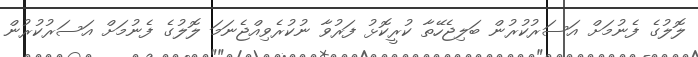
ލޮލުގެ ފެނުމަށް އަސަރުކުރުން ބަލިޖެހޭތާ ކުރީކޮޅު ފަރުވާ ނުކުރެވިއްޖެނަމަ ލޮލުގެ ފެނުމަށް އަސަރުކުރުން